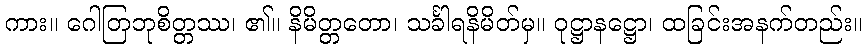
ကား။ ဂေါတြဘုစိတ္တဿ၊ ၏။ နိမိတ္တတော၊ သင်္ခါရနိမိတ်မှ။ ဝုဋ္ဌာနဋ္ဌော၊ ထခြင်းအနက်တည်း။